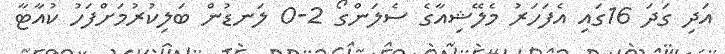
އަދި ގަދަ 16ގައި އެފަހަރު މެލޭޝިއާގެ ސެލަންގޯ 2-0 ލަނޑުން ބަލިކުރުމަށްފަހު ކުއާޓާ